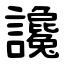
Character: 讒